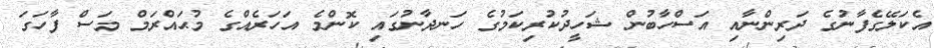
އެކަލޭގެފާނުގެ ދަރިންނާއި އަސްހާބުން ޝަހީދުކުރިކަމުގެ ހަނދާނުގައި ކޮންމެ އަހަރެއްގެ މުޙައްރަމް މަސް ފާހަގަ